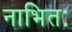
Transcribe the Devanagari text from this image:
नाभितः